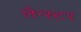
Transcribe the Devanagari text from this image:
लैन्स्टर